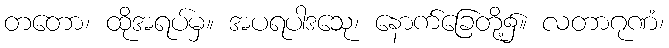
တတော၊ ထိုအရပ်မှ။ အပရပါဒသေု၊ နောက်ခြေတို့၌။ လတာဂုဏံ၊